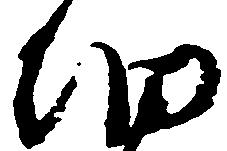
細